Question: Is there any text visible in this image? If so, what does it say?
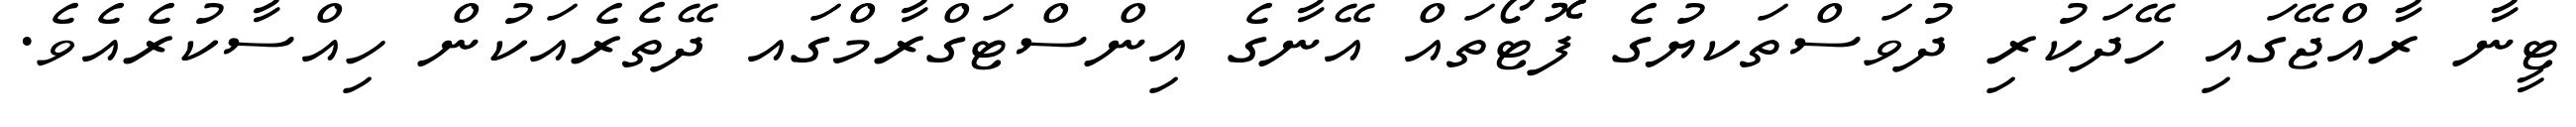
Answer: ޓީނާ ރާއްޖޭގައި ހޭދަކުރި ދުވަސްތަކޔުގެ ފޮޮޓޯތައް އޭނާގެ އިންސްޓަގްރާމްގައ ދޭތެރެއަކުން ހިއްސާކުރެއެވެ.